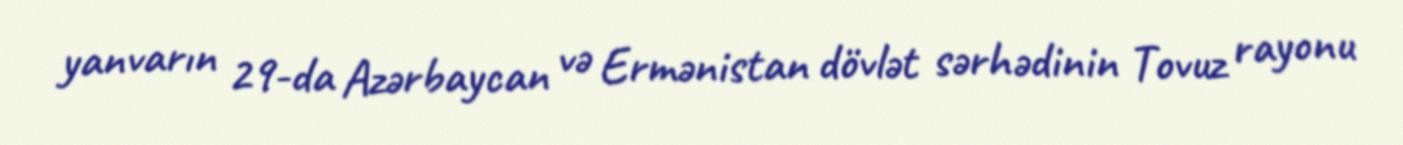
yanvarın 29-da Azərbaycan və Ermənistan dövlət sərhədinin Tovuz rayonu